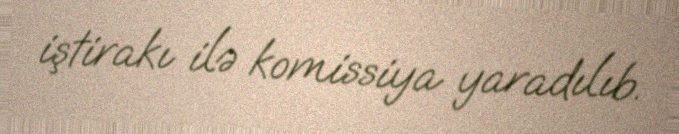
iştirakı ilə komissiya yaradılıb.